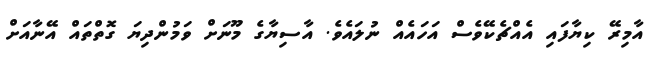
އާމިރޭ ކިޔާފައި އެއްޗެކޭވެސް އަހައެއް ނުލައެވެ. އާސިޔާގެ މޫނަށް ވަމުންދިޔަ ގޮތްތައް އޭނާއަށް